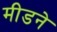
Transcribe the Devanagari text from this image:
मीडने